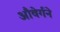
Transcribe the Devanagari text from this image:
औवेर्गने